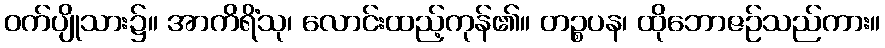
ဝက်ပျိုသား၌။ အာကိရိံသု၊ လောင်းထည့်ကုန်၏။ တဉ္စပန၊ ထိုဘောဇဉ်သည်ကား။